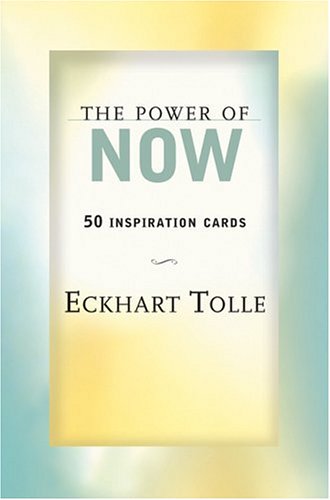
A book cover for The Power of Now: 50 Inspiration Cards; Eckhart Tolle; Crafts, Hobbies & Home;